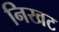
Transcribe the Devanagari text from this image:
निखट